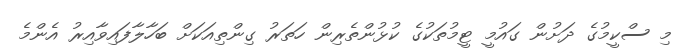
މި ސްކީމުގެ ދަށުން ގައުމީ ޓީމުތަކުގެ ކުޅުންތެރިން ހަތަރު ގިންތިއަކަށް ބަހާލާފައިވާއިރު އެންމެ